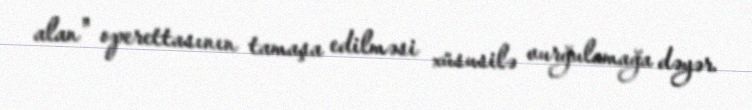
alan" operettasının tamaşa edilməsi xüsusilə vurğulamağa dəyər.